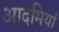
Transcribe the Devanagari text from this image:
आदमियां